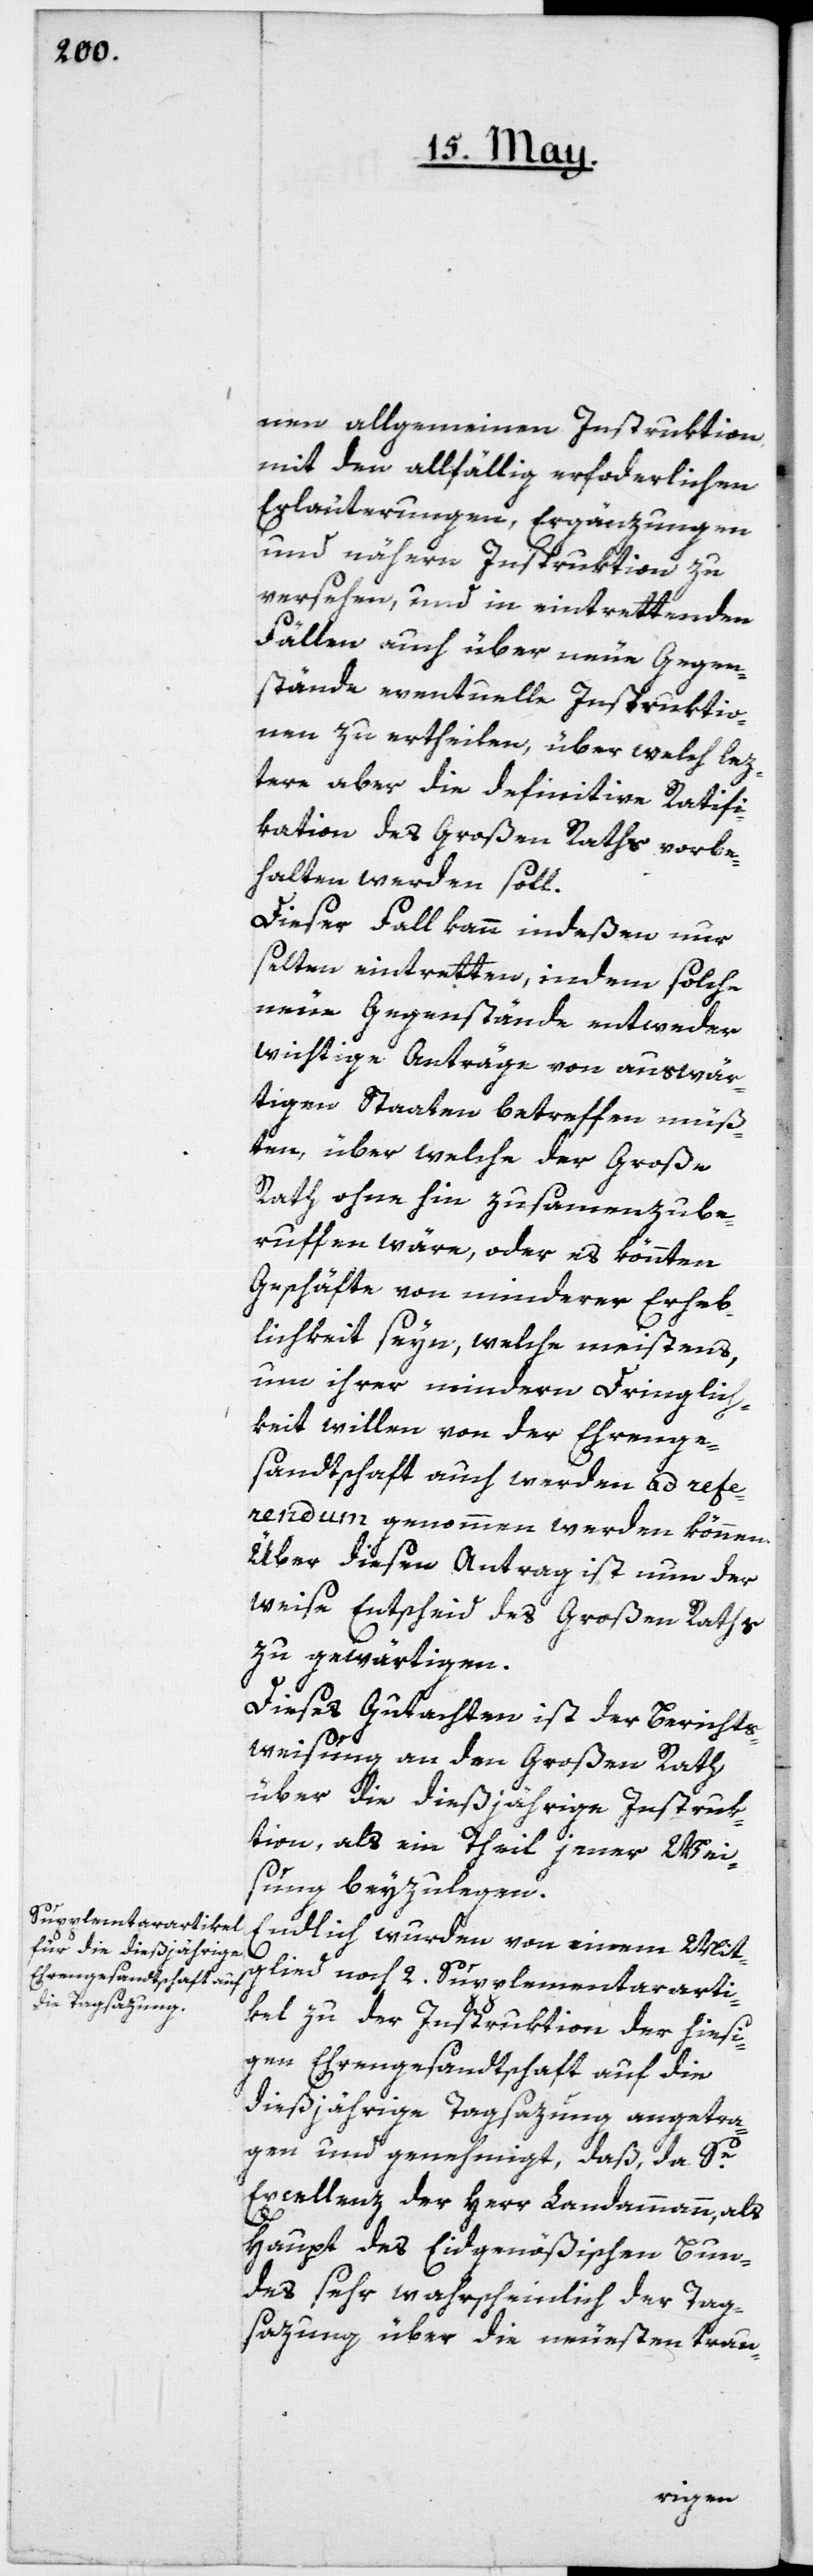
nen allgemeinen Instruktion,
mit den allfällig erforderlichen
Erläuterungen, Ergänzungen
und nähern Instruktion zu
versehen, und in eintrettenden
Fällen auch über neue Gegen¬
stände eventuelle Instruktio¬
nen zu ertheilen, über welch lez¬
tere aber die definitive Ratifi¬
kation des Großen Raths vorbe¬
halten werden soll.
Dieser Fall kann indeßen nur
selten eintretten, indem solche
neue Gegenstände entweder
wichtige Anträge von auswär¬
tigen Staaten betreffen müß¬
ten, über welche der Große
Rath ohnehin zusammenzube¬
ruffen wäre, oder es könnten
Geschäfte von minderer Erheb¬
lichkeit seyn, welche meistens,
um ihrer mindern Dringlich¬
keit willen von der Ehrenge¬
sandtschaft auch werden ad refe¬
rendum genommen werden können.
Über diesen Antrag ist nun der
weise Entscheid des Großen Raths
zu gewärtigen.
Diese Gutachten ist der Berichts¬
weisung an den Großen Rath
über die diesjährige Instruk¬
tion, als ein Theil jener Wei¬
sung, bexzulegen.
Endlich wurden von einem Mit¬
glied noch 2. Supplementararti¬
kel zu der Instruktion der hiesi¬
gen Ehrengesandtschaft auf die
dießjährige Tagsazung angetra¬
gen und genehmigt, daß, da Se
Excellenz der Herr Landammann, als
Haupt des Eidgenößischen Bun¬
des sehrwahrscheinlich der Tag¬
sazung über die neuesten trau-